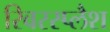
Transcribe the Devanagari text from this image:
रिवरस्प्लैश